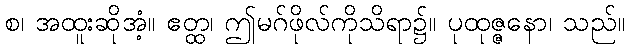
စ၊ အထူးဆိုအံ့။ ဧတ္ထ၊ ဤမဂ်ဖိုလ်ကိုသိရာ၌။ ပုထုဇ္ဇနော၊ သည်။